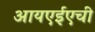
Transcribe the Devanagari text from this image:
आयएईएची